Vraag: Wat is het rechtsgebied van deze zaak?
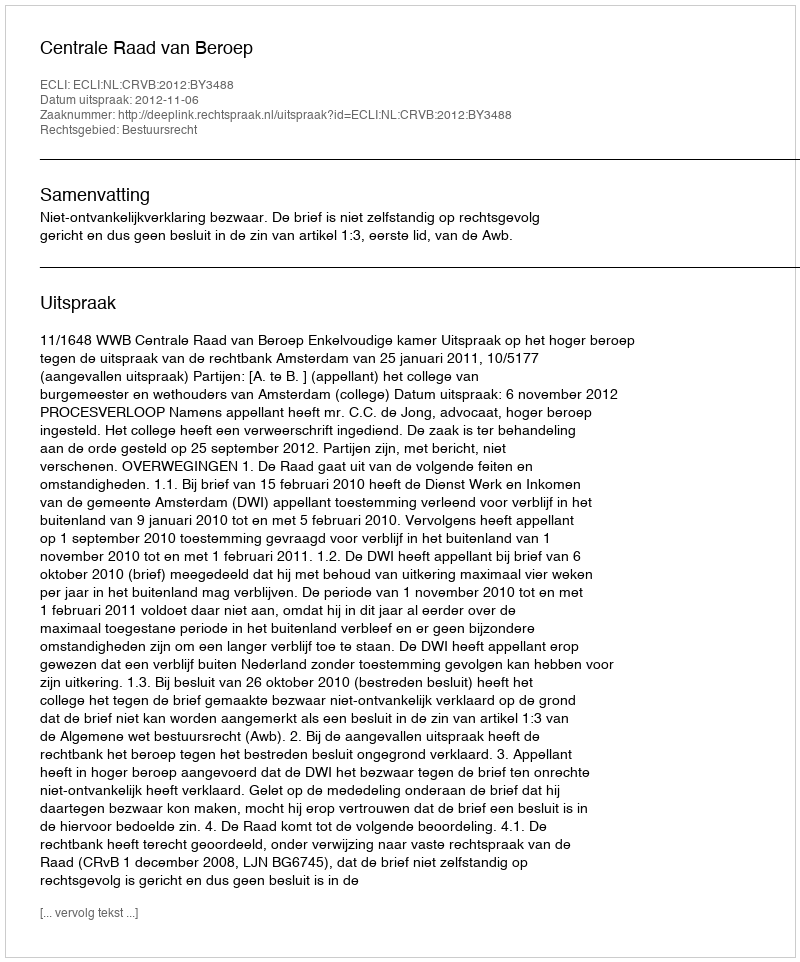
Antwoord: Bestuursrecht